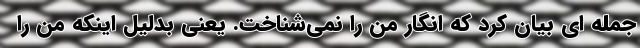
جمله ای بیان کرد که انگار من را نمی‌شناخت. یعنی بدلیل اینکه من را